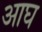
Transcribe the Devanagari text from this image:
आघ